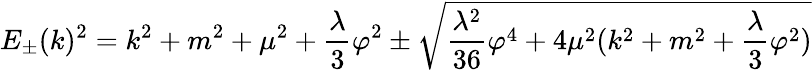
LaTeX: E_{\pm}(k)^{2}=k^{2}+m^{2}+\mu^{2}+\frac{\lambda}{3}\varphi^{2}\pm\sqrt{\frac{\lambda^{2}}{36}\varphi^{4}+4\mu^{2}(k^{2}+m^{2}+\frac{\lambda}{3}\varphi^{2})}